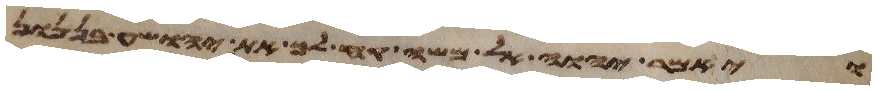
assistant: ויאמר יהוה אל משה קח לך את יהושע בן